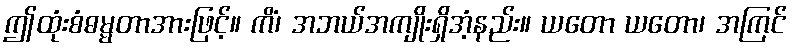
ဤထုံးစံဓမ္မတာအားဖြင့်။ ကိံ၊ အဘယ်အကျိုးရှိအံ့နည်း။ ယတော ယတော၊ အကြင်